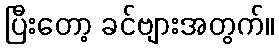
ပြီးတော့ ခင်ဗျားအတွက်။